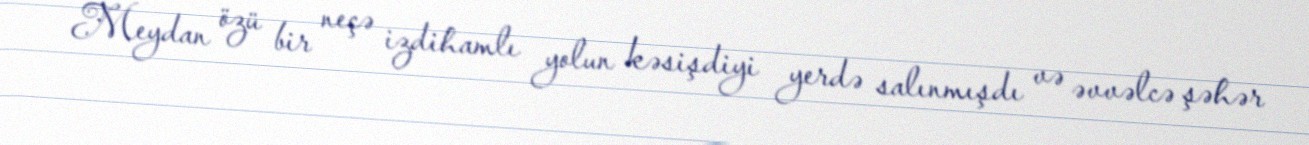
Meydan özü bir neçə izdihamlı yolun kəsişdiyi yerdə salınmışdı və əvvəlcə şəhər